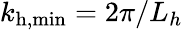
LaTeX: k_{\mathrm{h,min}}=2\pi/L_{h}